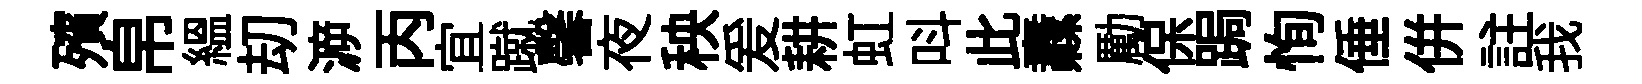
殯帛緼刧㴑丙宜蹴馨夜秧爰耕虹呌此纛勵保跼恂倕併註我